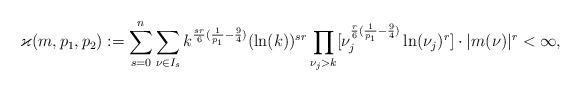
LaTeX: \begin{align*}\varkappa(m,p_1,p_2):=\sum_{s=0}^{n} \sum_{\nu\in I_s}k^{\frac{sr}{6}(\frac{1}{p_1}-\frac{9}{4})}(\ln(k))^{sr}\prod_{\nu_j>k}[\nu_j^{\frac{r}{6}(\frac{1}{p_1}-\frac{9}{4})}\ln(\nu_j)^r ]\cdot |m(\nu)|^r<\infty,\end{align*}